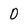
Character: 0